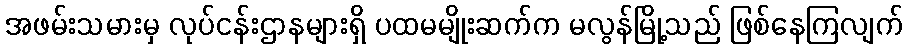
အဖမ်းသမားမှ လုပ်ငန်းဌာနများရှိ ပထမမျိုးဆက်က မလွန်မြို့သည် ဖြစ်နေကြလျက်